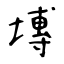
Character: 塼